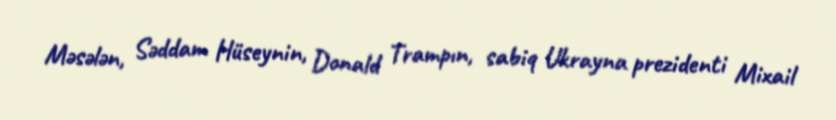
Məsələn, Səddam Hüseynin, Donald Trampın, sabiq Ukrayna prezidenti Mixail